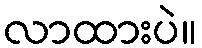
လာထားပဲ။